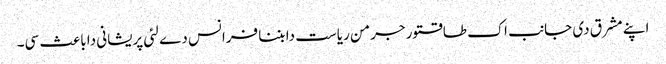
اپنے مشرق دی جانب اک طاقتور جرمن ریاست دا بننا فرانس دے لئی پریشانی دا باعث سی۔